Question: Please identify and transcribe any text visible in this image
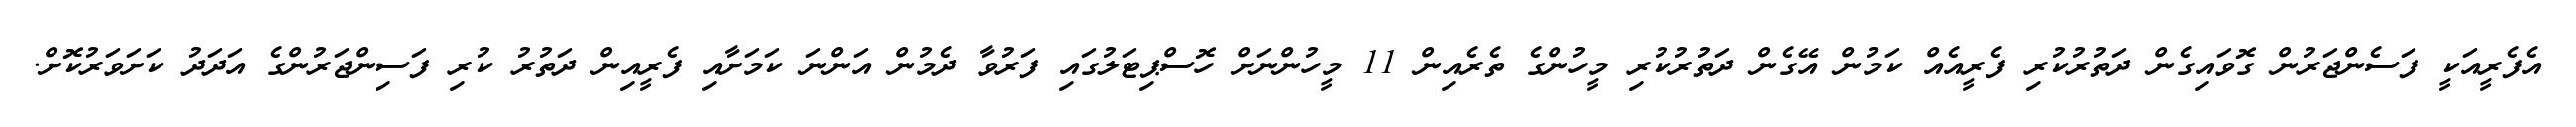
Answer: އެފެރީއަކީ ފަސެންޖަރުން ގޮވައިގެން ދަތުރުކުރި ފެރީއެއް ކަމުން އޭގެން ދަތުރުކުރި މީހުންގެ ތެރެއިން 11 މީހުންނަށް ހޮސްޕިޓަލުގައި ފަރުވާ ދެމުން އަންނަ ކަމަށާއި ފެރީއިން ދަތުރު ކުރި ފަސިންޖަރުންގެ އަދަދު ކަށަވަރުކޮށް.